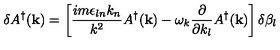
\delta A ^ { \dagger } ( { \bf k } ) = \left[ \frac { i m \epsilon _ { l n } k _ { n } } { k ^ { 2 } } A ^ { \dagger } ( { \bf k } ) - \omega _ { k } \frac { \partial } { \partial k _ { l } } A ^ { \dagger } ( { \bf k } ) \right] \delta \beta _ { l }